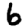
Digit: 6